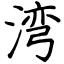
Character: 湾